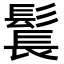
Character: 𩭨